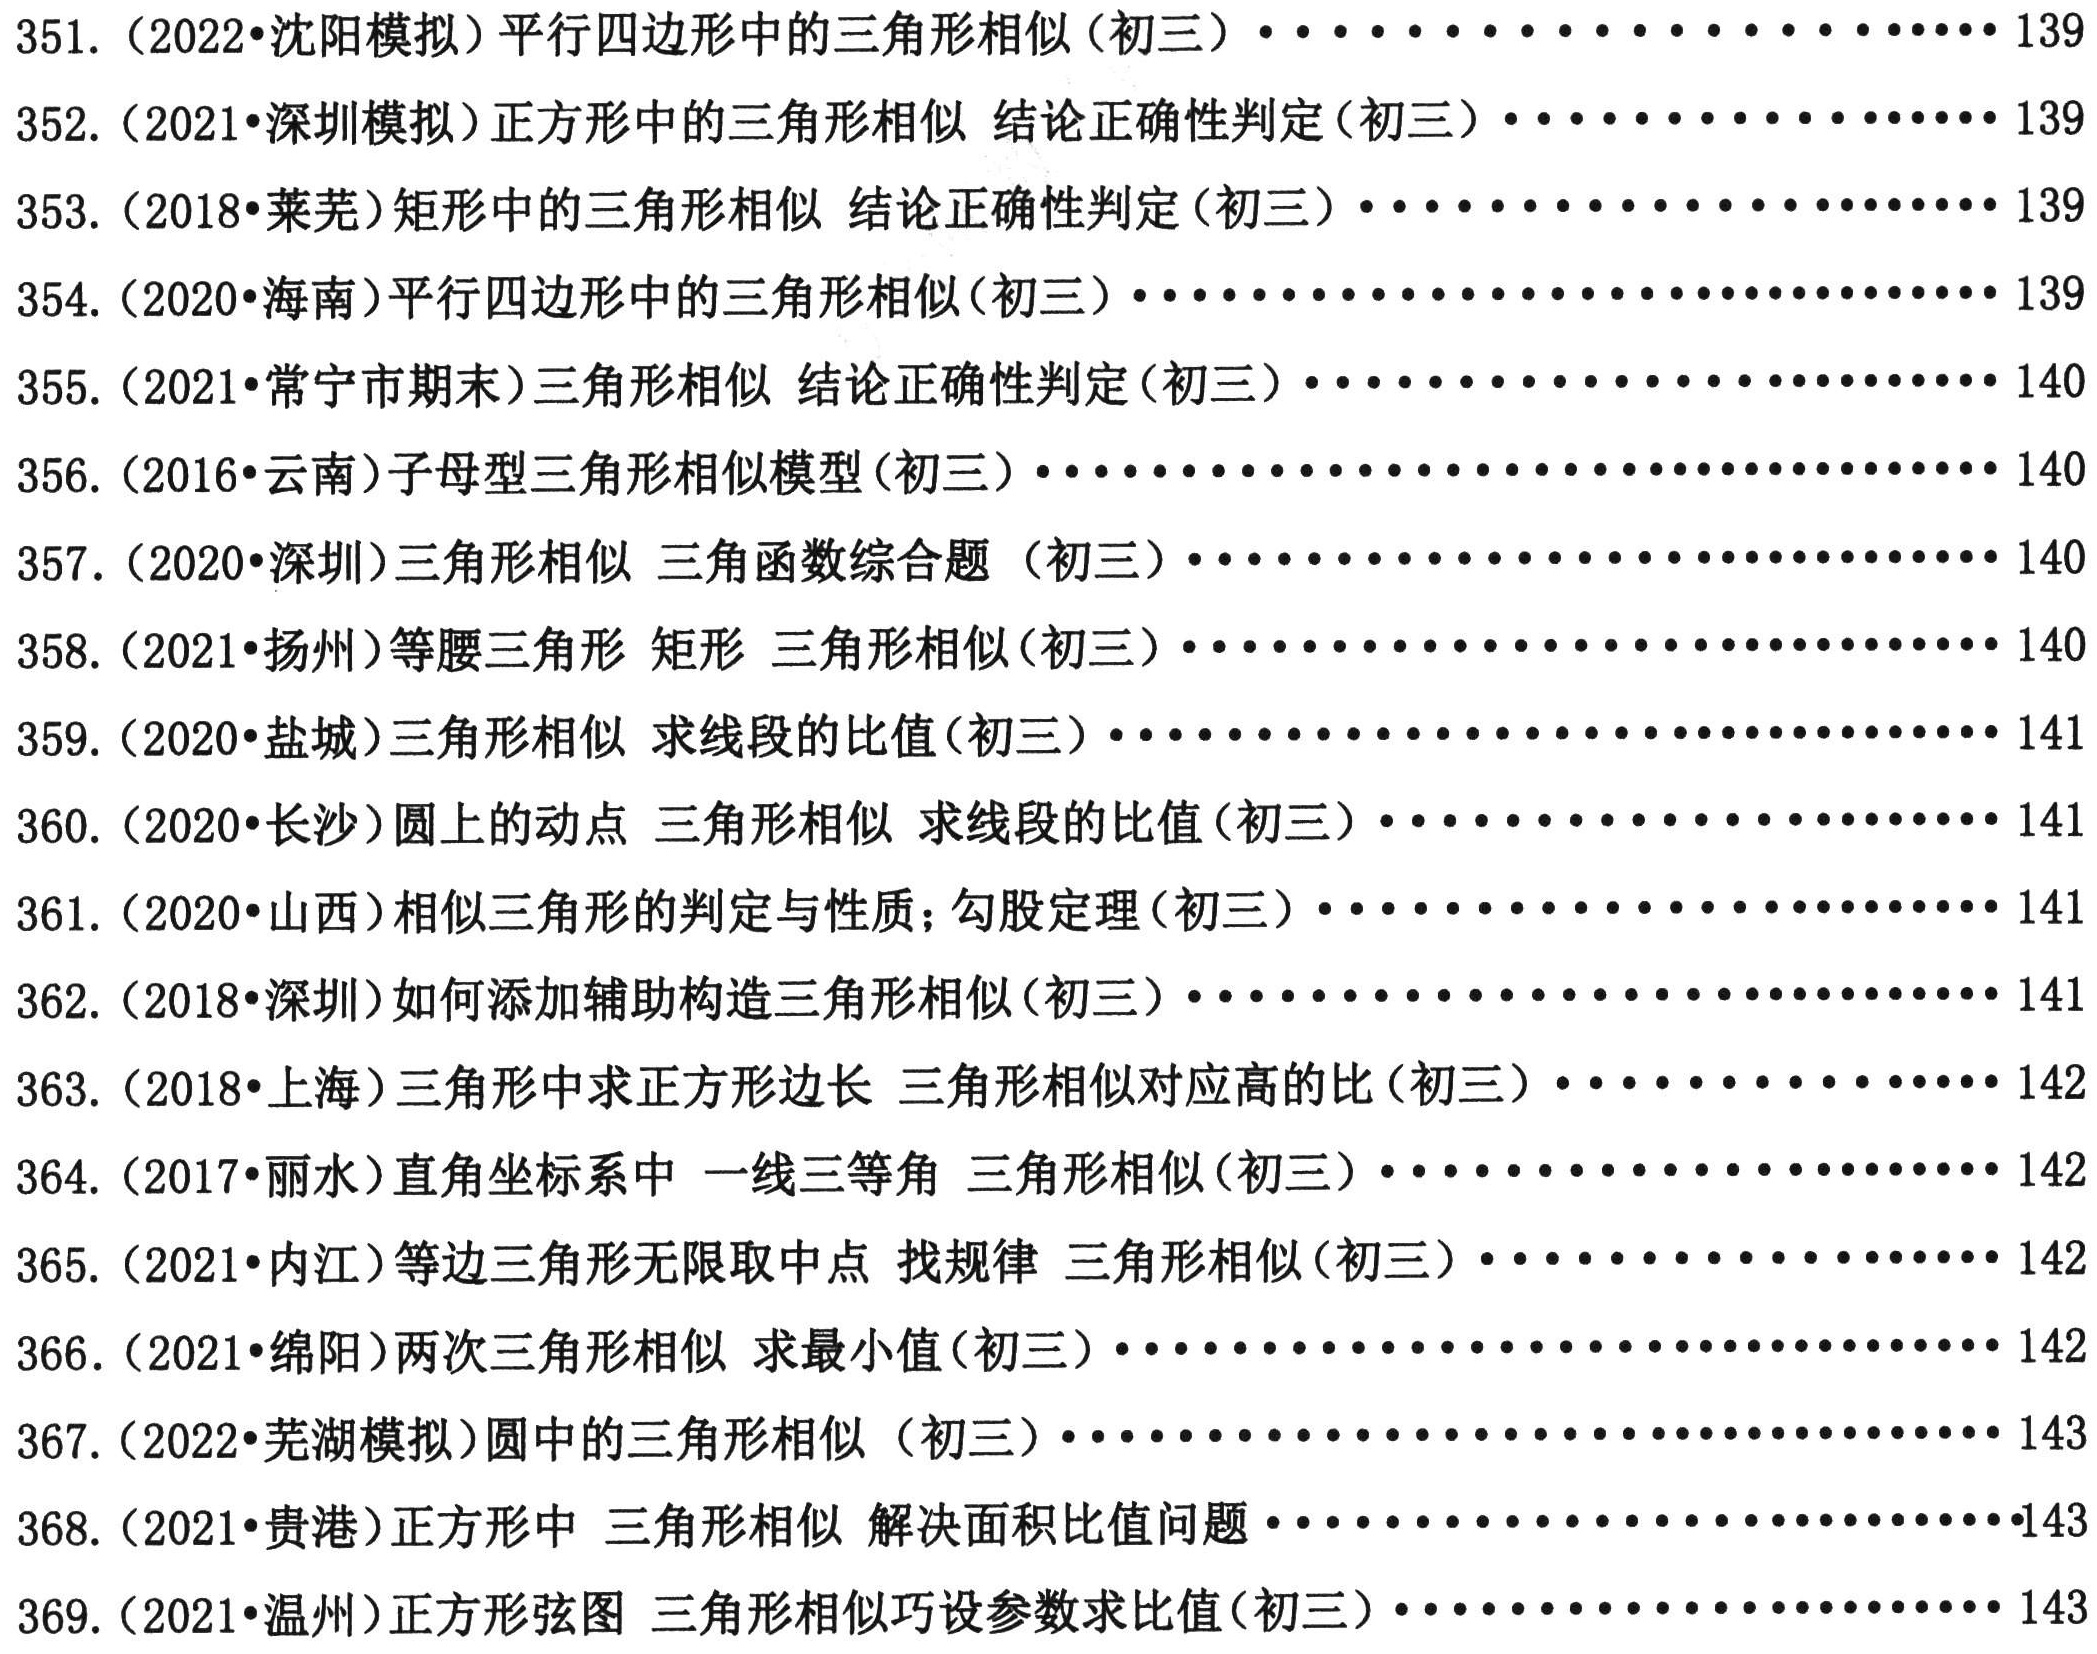
351. (2022•沈阳模拟) 平行四边形中的三角形相似 (初三) ........................... 139
352. (2021•深圳模拟) 正方形中的三角形相似 结论正确性判定 (初三) ........................... 139
353. (2018•莱芜) 矩形中的三角形相似 结论正确性判定 (初三) ........................... 139
354. (2020•海南) 平行四边形中的三角形相似 (初三) ........................... 139
355. (2021•常宁市期末) 三角形相似 结论正确性判定 (初三) ........................... 140
356. (2016•云南) 子母型三角形相似模型 (初三) ........................... 140
357. (2020•深圳) 三角形相似 三角函数综合题 (初三) ........................... 140
358. (2021•扬州) 等腰三角形 矩形 三角形相似 (初三) ........................... 140
359. (2020•盐城) 三角形相似 求线段的比值 (初三) ........................... 141
360. (2020•长沙) 圆上的动点 三角形相似 求线段的比值 (初三) ........................... 141
361. (2020•山西) 相似三角形的判定与性质; 勾股定理 (初三) ........................... 141
362. (2018•深圳) 如何添加辅助构造三角形相似 (初三) ........................... 141
363. (2018•上海) 三角形中求正方形边长 三角形相似对应高的比 (初三) ........................... 142
364. (2017•丽水) 直角坐标系中 一线三等角 三角形相似 (初三) ........................... 142
365. (2021•内江) 等边三角形无限取中点 找规律 三角形相似 (初三) ........................... 142
366. (2021•绵阳) 两次三角形相似 求最小值 (初三) ........................... 142
367. (2022•芜湖模拟) 圆中的三角形相似 (初三) ........................... 143
368. (2021•贵港) 正方形中 三角形相似 解决面积比值问题 ........................... 143
369. (2021•温州) 正方形弦图 三角形相似巧设参数求比值 (初三) ........................... 143